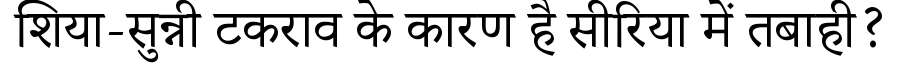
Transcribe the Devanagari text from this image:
शिया-सुन्नी टकराव के कारण है सीरिया में तबाही?